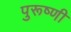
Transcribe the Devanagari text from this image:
पुरूष्णी